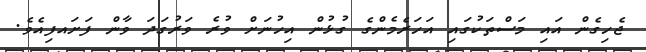
ޖެހިގެން އައި މަސްތަކުގައި އަހަރެމެންގެ ގުޅުން އިހުނަށް ވުރެ ވަރުގަދަ ވާން ފަށައފިއެވެ.